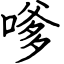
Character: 嗲